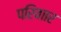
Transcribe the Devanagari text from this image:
परिवाार